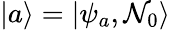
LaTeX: \left|a\right\rangle=\left|\psi_{a},\mathcal{N}_{0}\right\rangle